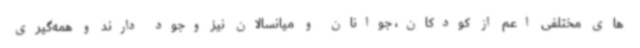
های مختلفی اعم از کودکان، جوانان و میانسالان نیز وجود دارند و همه‌گیری